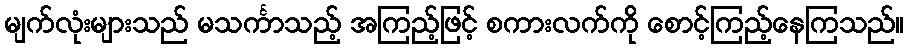
မျက်လုံးများသည် မသင်္ကာသည့် အကြည့်ဖြင့် စကားလက်ကို စောင့်ကြည့်နေကြသည်။